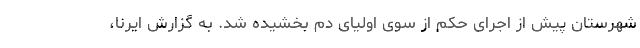
شهرستان پیش از اجرای حکم از سوی اولیای دم بخشیده شد. به گزارش ایرنا،